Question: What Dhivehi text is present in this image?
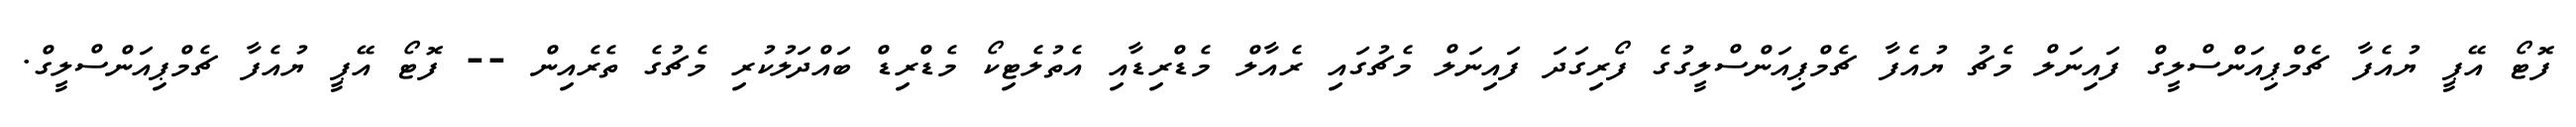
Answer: ފޮޓޯ އޭޕީ ޔުއެފާ ޗެމްޕިއަންސްލީގް ފައިނަލް މެޗު ޔުއެފާ ޗެމްޕިއަންސްލީގުގެ ފޯރިގަދަ ފައިނަލް މެޗުގައި ރެއާލް މެޑްރިޑާއި އެތުލެޓިކޯ މެޑްރިޑް ބައްދަލުކުރި މެޗުގެ ތެރެއިން -- ފޮޓޯ އޭޕީ ޔުއެފާ ޗެމްޕިއަންސްލީގް.